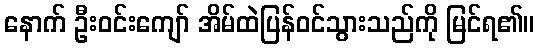
နောက် ဦးဝင်းကျော် အိမ်ထဲပြန်ဝင်သွားသည်ကို မြင်ရ၏။